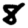
Digit: 8